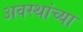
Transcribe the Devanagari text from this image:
अवस्थांच्या